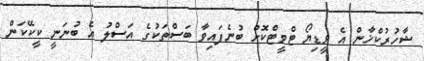
ޝާހުރުކްޚާން އެ ވީޑިޔޯ ޓްވީޓްކޮށް ބުނެފައިވާ ބަސްތަކުގެ އަސްލު އެ ބުނަނީ ކީކޭކަން